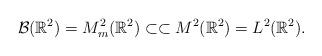
LaTeX: \begin{align*}\mathcal{B}(\mathbb{R}^2) =M_m^2 (\mathbb{R}^2)\subset \subset M^2 (\mathbb{R}^2) =L^2 (\mathbb{R}^2).\end{align*}